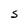
Character: S